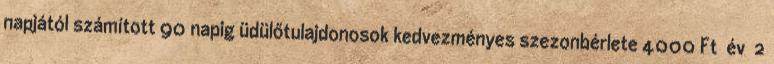
napjától számított 90 napig üdülőtulajdonosok kedvezményes szezonbérlete 4000 Ft év 2